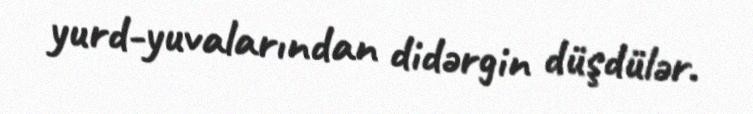
yurd-yuvalarından didərgin düşdülər.